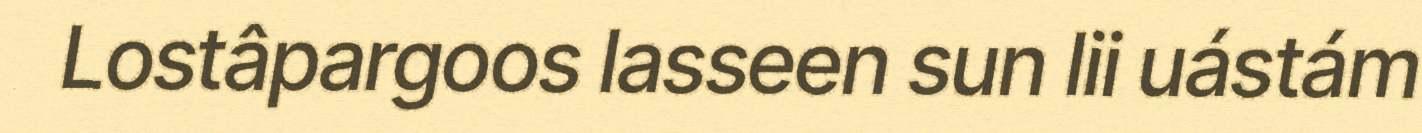
Lostâpargoos lasseen sun lii uástám